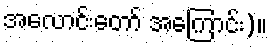
အလောင်းတော် အကြောင်း)။